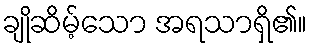
ချိုဆိမ့်သော အရသာရှိ၏။